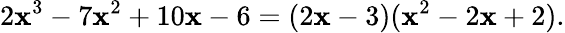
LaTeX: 2\mathbf{x}^{3}-7\mathbf{x}^{2}+10\mathbf{x}-6=(2\mathbf{x}-3)(\mathbf{x}^{2}-2\mathbf{x}+2).